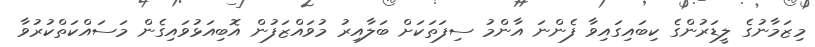
މިޒަމާނުގެ ލީޑަރުންގެ ކިބައިގައިވާ ފެންނަ އާންމު ސިފަތަކަށް ބަލާއިރު މުވައްޒަފުން އޮބިއަޅުވައިގެން މަސައްކަތްކުރުވާ